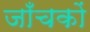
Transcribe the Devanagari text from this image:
जाँचकों